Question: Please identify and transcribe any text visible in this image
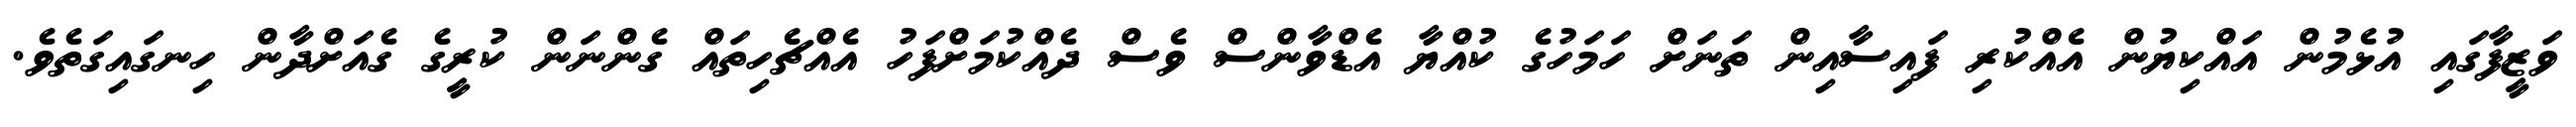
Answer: ވަޒީފާގައި އުޅެމުން އައްކިޔުން އެއްކުރި ފައިސާއިން ތަނަށް ހަމަހުގެ ކުއްޔާ އެޑްވާންސް ވެސް ދެއްކުމަށްފަހު އެއްޗެހިތައް ގެންނަން ކުރީގެ ގެއަށްދާން ހިނގައިގަތެވެ.